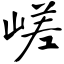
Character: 嵯